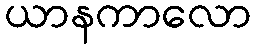
ယာနကာလော